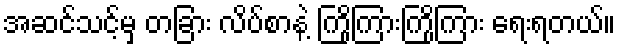
အဆင်သင့်မှ တခြား လိပ်စာနဲ့ ကြိုကြားကြိုကြား ရေးရတယ်။